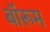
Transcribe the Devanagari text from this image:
बॉरूम